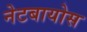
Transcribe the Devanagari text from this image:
नेटबायोस